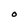
Character: O